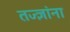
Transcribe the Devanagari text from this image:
तज्‍ज्ञांना